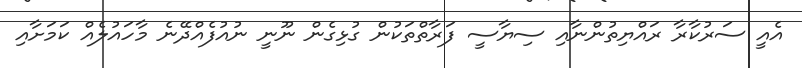
އެއީ ސަރުކާރާ ރައްޔިތުންނާއި ސިޔާސީ ފަރާތްތަކުން ގުޅިގެން ނޫނީ ނުއުފެއްދޭނެ މާހައުލެއް ކަމަށާއި